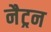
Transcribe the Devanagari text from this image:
नैट्रन